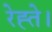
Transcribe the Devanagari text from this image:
रेह्ते।